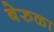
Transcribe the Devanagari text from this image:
बेरुळा